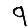
Digit: 9